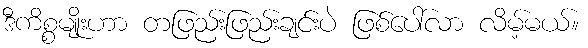
ဒီကိစ္စမျိုးဟာ တဖြည်းဖြည်းချင်းပဲ ဖြစ်ပေါ်လာ လိမ့်မယ်။